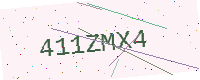
Text: 411ZMX4